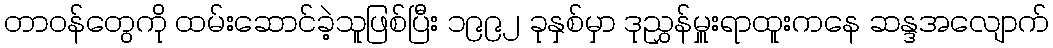
တာဝန်တွေကို ထမ်းဆောင်ခဲ့သူဖြစ်ပြီး ၁၉၉၂ ခုနှစ်မှာ ဒုညွှန်မှူးရာထူးကနေ ဆန္ဒအလျောက်